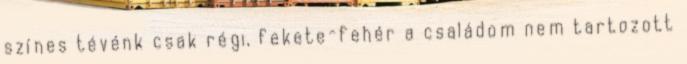
színes tévénk csak régi, fekete-fehér a családom nem tartozott